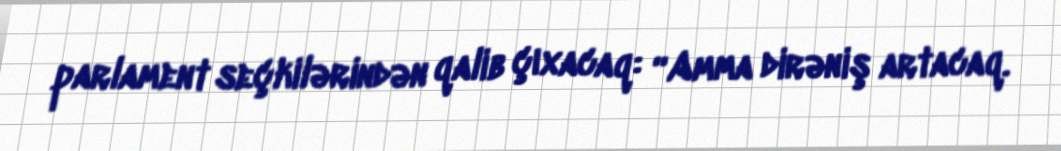
parlament seçkilərindən qalib çıxacaq: “Amma dirəniş artacaq.